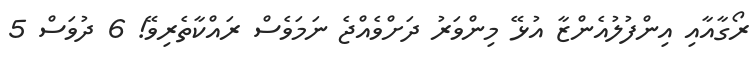
ރޯގާއާއި އިންފުލުއެންޒާ އުޅޭ މިންވަރު ދަށްވެއްޖެ ނަމަވެސް ރައްކާތެރިވޭ! 6 ދުވަސް 5